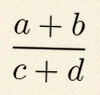
\frac{a+b}{c+d}